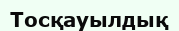
Тосқауылдық